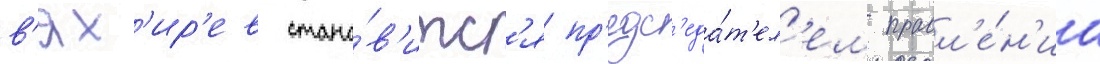
в'ях'ир'ев стано́в'итс'я пр'едс'еда́т'ел'ем правл'е́н'иа